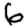
Digit: 6